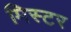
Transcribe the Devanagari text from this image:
मिस्‍टर